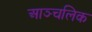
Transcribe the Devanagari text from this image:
आञ्चलिक